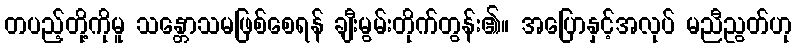
တပည့်တို့ကိုမူ သန္တောသမဖြစ်စေရန် ချီးမွမ်းတိုက်တွန်း၏။ အပြောနှင့်အလုပ် မညီညွတ်ဟု